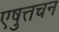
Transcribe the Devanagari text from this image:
एषुत्तचन